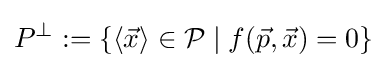
P^{\perp }:=\{\langle {\vec {x}}\rangle \in {\mathcal {P}}\mid f({\vec {p}},{\vec {x}})=0\}